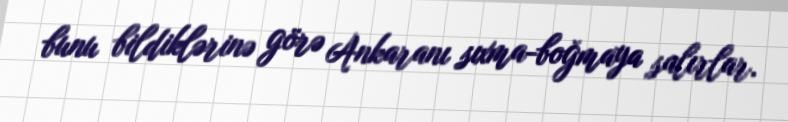
bunu bildiklərinə görə Ankaranı sıxma-boğmaya salırlar.